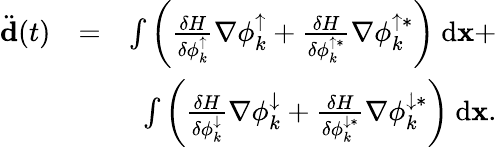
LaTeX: \begin{array}{rlr}{\ddot{\mathbf d}(t)}&{=}&{\int{\left(\frac{\delta H}{\delta\phi_{k}^{\uparrow}}\nabla\phi_{k}^{\uparrow}+\frac{\delta H}{\delta\phi_{k}^{\uparrow*}}\nabla\phi_{k}^{\uparrow*}\right)\ \mathrm{d}{\mathbf x}}+}\\ &{}&{\int{\left(\frac{\delta H}{\delta\phi_{k}^{\downarrow}}\nabla\phi_{k}^{\downarrow}+\frac{\delta H}{\delta\phi_{k}^{\downarrow*}}\nabla\phi_{k}^{\downarrow*}\right)\ \mathrm{d}{\mathbf x}}.}\end{array}